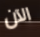
الآن